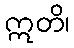
ဣတိ၊